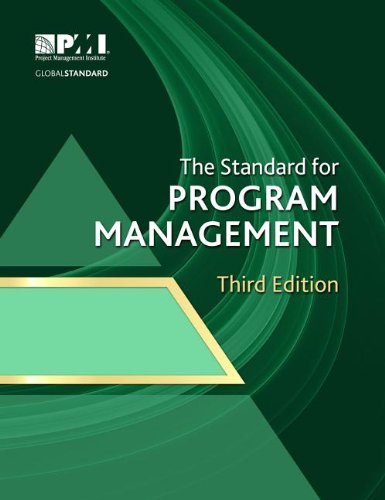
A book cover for The Standard for Program Management; Business & Money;